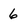
Character: 6